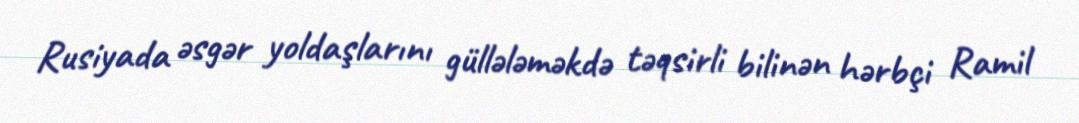
Rusiyada əsgər yoldaşlarını güllələməkdə təqsirli bilinən hərbçi Ramil